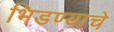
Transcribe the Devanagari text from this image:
भिडण्याचे